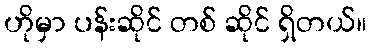
ဟိုမှာ ပန်းဆိုင် တစ် ဆိုင် ရှိတယ်။